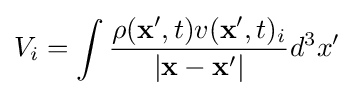
V_{i}=\int {\rho (\mathbf {x} ',t)v(\mathbf {x} ',t)_{i} \over |\mathbf {x} -\mathbf {x} '|}d^{3}x'